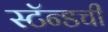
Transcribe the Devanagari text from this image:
स्टॅन्डची